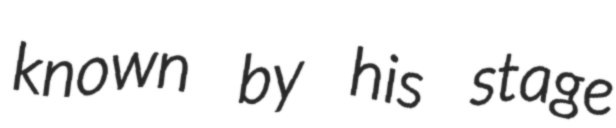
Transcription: known by his stage